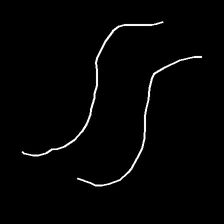
Glyph: float